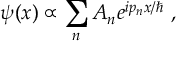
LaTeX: \psi ( x ) \propto \sum _ { n } A _ { n } e ^ { i p _ { n } x / \hbar } ~ ,